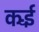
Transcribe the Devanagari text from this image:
कईँ